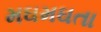
મઘમઘતા